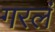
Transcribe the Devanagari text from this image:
गरलं